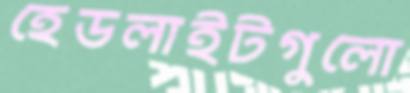
হেডলাইটগুলো